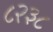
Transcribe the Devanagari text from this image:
८२३८